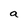
Character: a